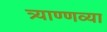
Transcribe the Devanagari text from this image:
त्र्याण्णव्या